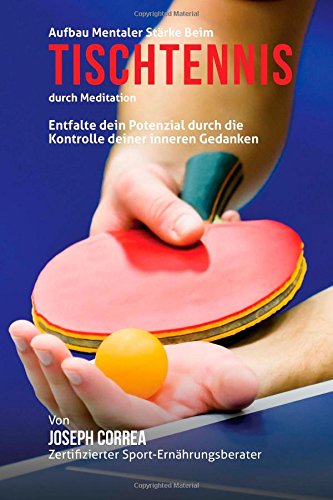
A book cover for Aufbau mentaler Starke beim Tischtennis durch Meditation: Entfalte dein Potenzial durch die Kontrolle deiner inneren Gedanken (German Edition); Joseph Correa (Zertifizierter Meditationslehrer); Sports & Outdoors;